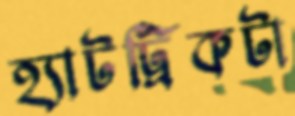
হ্যাটট্রিকটা